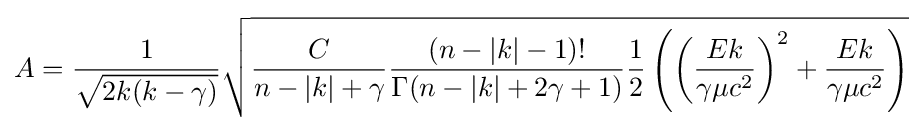
A={\frac {1}{\sqrt {2k(k-\gamma )}}}{\sqrt {{\frac {C}{n-|k|+\gamma }}{\frac {(n-|k|-1)!}{\Gamma (n-|k|+2\gamma +1)}}{\frac {1}{2}}\left(\left({\frac {Ek}{\gamma \mu c^{2}}}\right)^{2}+{\frac {Ek}{\gamma \mu c^{2}}}\right)}}